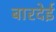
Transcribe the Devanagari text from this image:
बारदेई